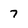
Character: 7